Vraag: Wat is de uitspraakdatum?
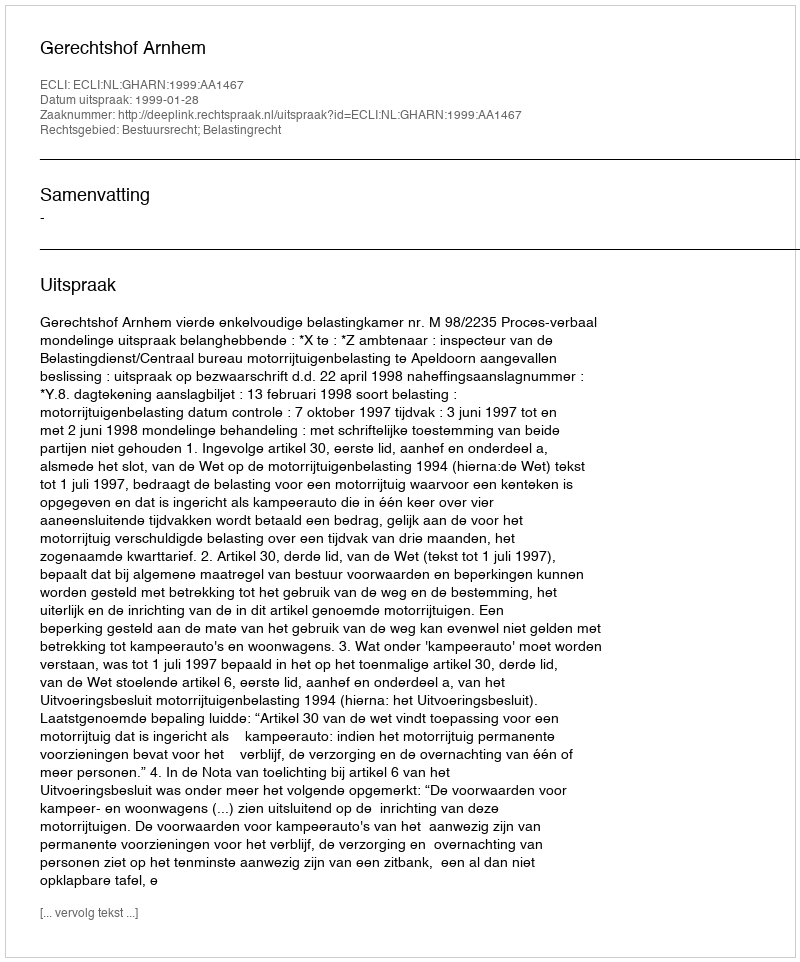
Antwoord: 1999-01-28